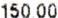
150.00